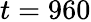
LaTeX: t=960